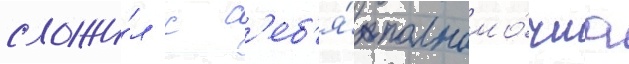
сложи́л с с'еб'я́ полномо́чиа